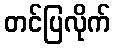
တင်ပြလိုက်